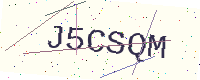
Text: J5CSQM